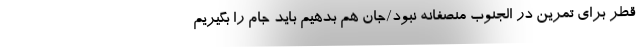
قطر برای تمرین در الجنوب منصفانه نبود/جان هم بدهیم باید جام را بگیریم